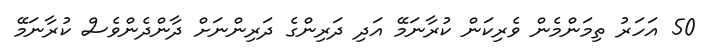
50 އަހަރު ތިމަންމެން ވެރިކަން ކުރާނަމޭ އަދި ދަރިންގެ ދަރިންނަށް ދާންދެންވެސް ކުރާނަމޭ